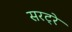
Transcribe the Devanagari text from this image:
सरट्रे